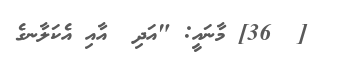
[  36] މާނައީ: "އަދި  އާއި އެކަލާނގެ